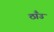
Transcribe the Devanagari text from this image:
ठाँउ